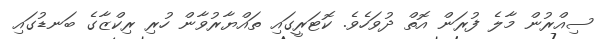
ސިއްރުން މާލެ ފުރަން އޮތް ދުވަހެވެ. ކޮޓަރީގައި ތައްޔާރުވާން ހުރި ރިކްޒާގެ ބަނޑުގައި